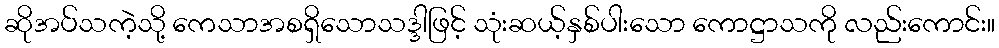
ဆိုအပ်သကဲ့သို့ ကေသာအစရှိသောသဒ္ဒါဖြင့် သုံးဆယ့်နှစ်ပါးသော ကောဋ္ဌာသကို လည်းကောင်း။